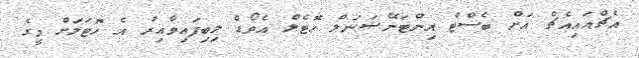
އެޗްއައިއެޗް އަށް ބެސްޓް އިންޓަނޭޝަނަލް ހޮޓެލް އެވޯޑް ލިބިފައިވާއިރު އެ ހޮޓަލަށް މީގެ